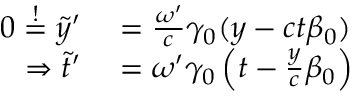
\begin{array} { r l } { 0 \overset { ! } { = } \tilde { y } ^ { \prime } } & { { } = \frac { \omega ^ { \prime } } { c } \gamma _ { 0 } ( y - c t \beta _ { 0 } ) } \\ { \Rightarrow \tilde { t } ^ { \prime } } & { { } = \omega ^ { \prime } \gamma _ { 0 } \left( t - \frac { y } { c } \beta _ { 0 } \right) } \end{array}